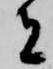
者